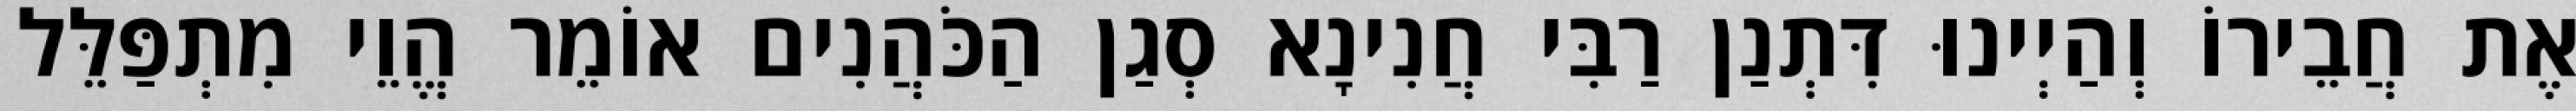
אֶת חֲבֵירוֹ וְהַיְינוּ דִּתְנַן רַבִּי חֲנִינָא סְגַן הַכֹּהֲנִים אוֹמֵר הֱוֵי מִתְפַּלֵּל